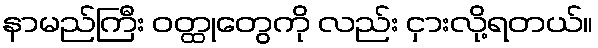
နာမည်ကြီး ဝတ္ထုတွေကို လည်း ငှားလို့ရတယ်။